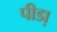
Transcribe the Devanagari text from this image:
पीडा़